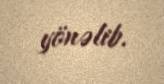
yönəlib.